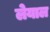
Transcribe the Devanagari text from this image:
लेयाल